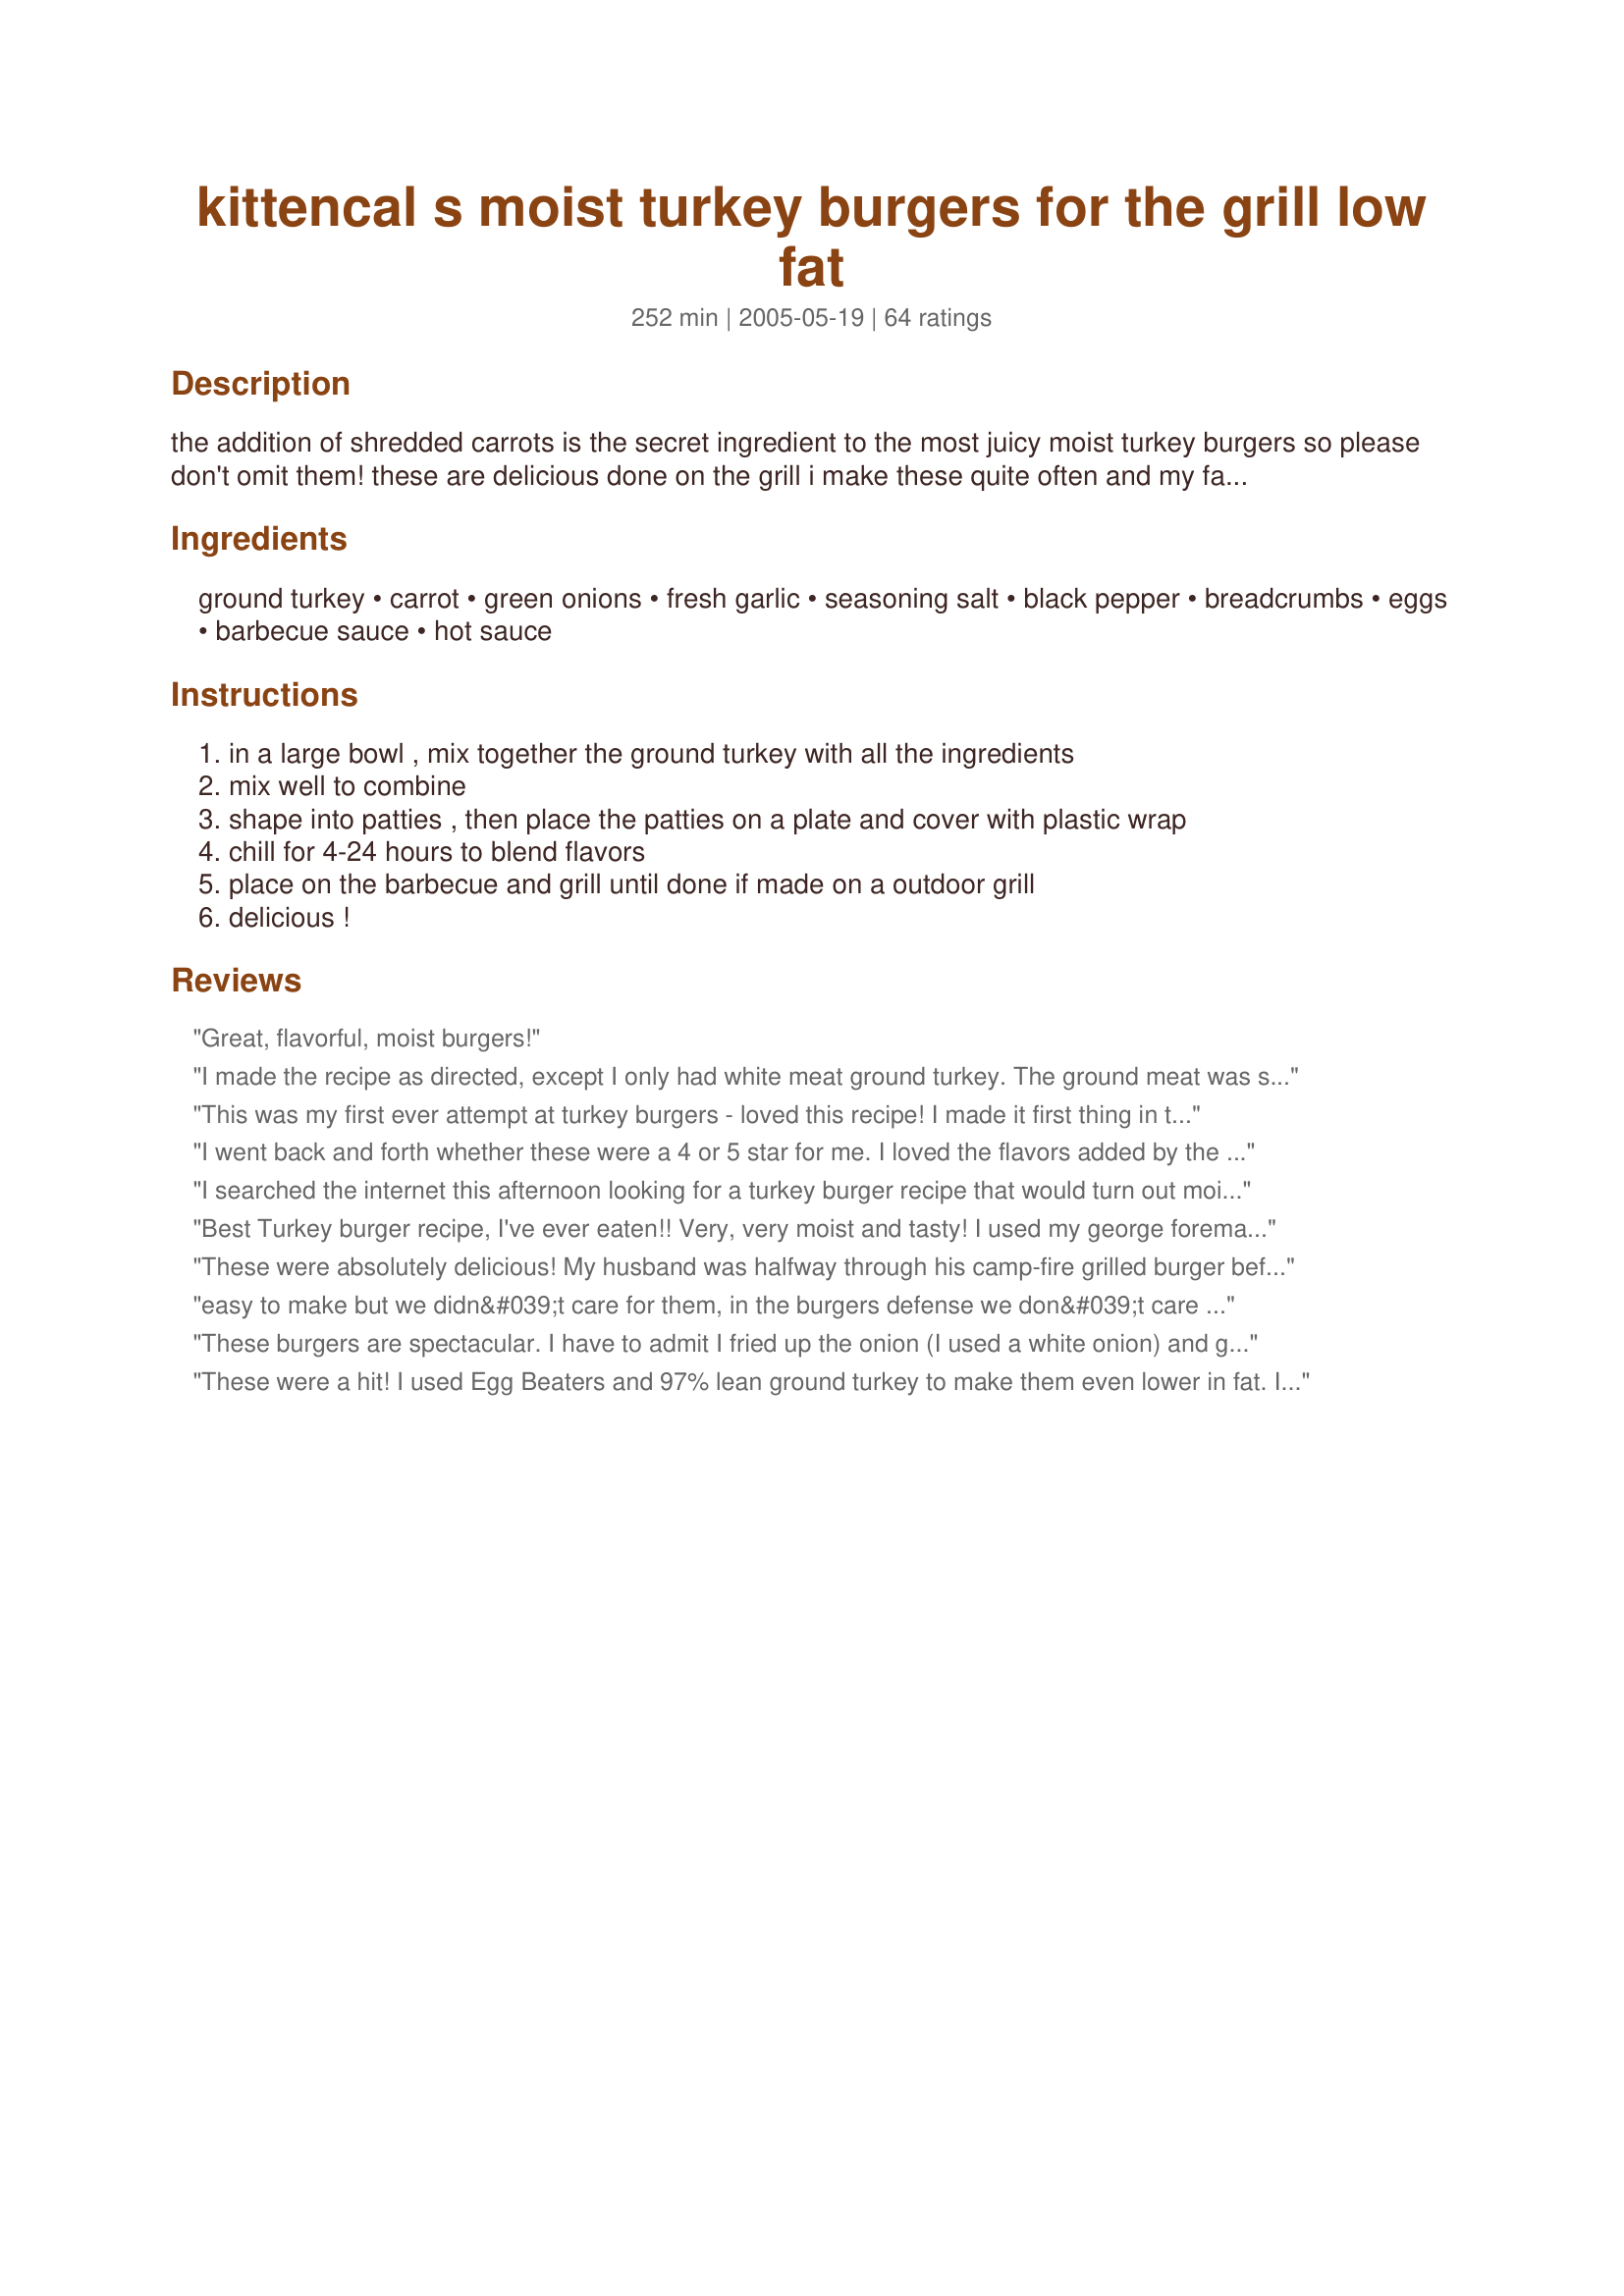
kittencal s moist turkey burgers for the grill low fat
Preparation time: 252 minutes

the addition of shredded carrots is the secret ingredient to the most juicy moist turkey burgers so please don't omit them! these are delicious done on the grill i make these quite often and my family loves them and they are low fat too --- they may be broiled or pan-fried but they are much better if prepared on the grill or even an indoor grill would be great! this recipe makes approx 8 turkey burgers, depending on how large you make them, you might want to double or triple the amounts and freeze the patties --- mrs. dash seasoning may be replaced for the seasoned salt if you are on a low sodium diet --- plan ahead the patties must chill for 4-24 hours to blend flavors, the longer chilling time the better! --- for the best flavor use seasoned salt not white salt and if you are a garlic-lover then increase to 2 tablespoons, for my garlic-loving family i use about 6 garlic cloves, and my family loves lots of heat so i also add in 2 tablespoons of crushed chili flakes

Ingredients:
ground turkey, carrot, green onions, fresh garlic, seasoning salt, black pepper, breadcrumbs, eggs, barbecue sauce, hot sauce

Steps:
in a large bowl , mix together the ground turkey with all the ingredients
mix well to combine
shape into patties , then place the patties on a plate and cover with plastic wrap
chill for 4-24 hours to blend flavors
place on the barbecue and grill until done if made on a outdoor grill
delicious !

Reviews:
Great, flavorful, moist burgers!
I made the recipe as directed, except I only had white meat ground turkey. The ground meat was sticky but I placed the patties on individual wax paper sheets (thanks DDW) and had no problem putting on the grill after they had chilled in the fridge. They were nice and moist but I felt they were a little bland for my tastes (I like more kick). I will make them again, maybe adding bit of crushed red pepper to the mix. Good recipe, will be in my rotation for summer! Thanks!
This was my first ever attempt at turkey burgers - loved this recipe! I made it first thing in the morning and let it sit in patties all day - the flavors really blended together. Wasn't sure about the barbecue sauce - so I added a little less than the recipe called for and it worked for me...there was a hint of bbq sauce flavor, but it wasn't overpowering. Served on a whole wheat roll - perfect healthy dinner! Will make again for sure - thanks.
I went back and forth whether these were a 4 or 5 star for me. I loved the flavors added by the garlic, scallions and barbecue sauce. My patties chilled for 24 hours so the flavors were fully developed and melted into the turkey burger which was a moist and tender as promised. My one small reservation was that I realize that my personal preference is for scant use of breadcrumbs in burgers in general. Given that, I will use just half the stated amount next time. Served mine on light English muffins with and herbed soft cheese, grainy mustard and grilled onions. Thanks for a terrific meal.
I searched the internet this afternoon looking for a turkey burger recipe that would turn out moist, and more importantly, use ingredients I had on hand. These are wonderful, even my pickiest eater had no complaints. I used McCormick Rotisserie Chicken Seasoning instead of seasoned salt, also I threw baby carrots and 1/2 a small white onion in my food processor and chopped them finely.
We topped them with about 1 TB of shredded co-jack cheese, and extra barbecue sauce. 
I did let them sit about 2 hours in the refrigerator prior to cooking. Only change I would make - don't use the Foreman Grill, they did stick. Will try pan frying next time I guess. My house still smells great!
Best Turkey burger recipe, I've ever eaten!! Very, very moist and tasty! I used my george foreman indoor grill ( it's 10 degrees outside ;) ) And they came out AWESOME! Note: I had 1.3 lbs lean ground turkey and it made 6 good-sized burgers. Thanks soo much for a great recipe!!!!
These were absolutely delicious! My husband was halfway through his camp-fire grilled burger before I told him it was turkey and he was shocked. :) The only change I made was to use regular salt rather than seasoned salt, though I can't imagine they can get much better! Thanks so much!
easy to make but we didn&#039;t care for them, in the burgers defense we don&#039;t care for any turkey burgers and have been trying to find a recipe we like, we just don&#039;t like them :( I gave stars because they were easy, they cooked correctly, and they made a family sized portion, we even froze a few (which we gave away lol)! Beef it is!
These burgers are spectacular. I have to admit I fried up the onion (I used a white onion) and garlic in a tablespoon of butter first, AND I served them on brioche rolls...so mine were not low fat. We totally cut out red meat, so these will be the standard burger on my grill from now on.
These were a hit! I used Egg Beaters and 97% lean ground turkey to make them even lower in fat. I was out of breadcrumbs, so I used rolled oats instead. They worked just fine. Also, we cut the salt by a teaspoon and were still very thirsty all night long ... even though they didn't taste overly salty with 2 teaspoons of seasoning salt. These were the most flavorful turkey burgers we've ever had. I usually find turkey burgers to be kind of bland. Thanks for this recipe!
These were pretty good! I am not very fond of ground turkey but I am trying to switch over. I let these sit for 24hrs. They were very moist. I tried one with everything on it cheese, pickles, lettcue, and etc. but I prefer just the meat on a bun. I will be making these again. Whole family liked them.
These were soooo good! As you suggested, I made them up the night before let the flavors blend. My husband even gave them thumbs up and he is a very picky eater. I wanted something that satisfied like a beef burger and this is it for me. Thanks for posting this!!
I love this recipe! I've made them a couple of times...last night I served them with Sweet Baby Rays barbecue sauce and carmelized onions on toasted wheat buns. WOW! I modified the recipe to accomodate my 1.25 pound ground turkey package, reducing the other ingredients too. I suggest freezing the burgers for a couple hours before grilling to make sure they're nice and firm, they will fall through the cracks of a grill!
These are excellent! Made as is minus the eggs. Added a few strips of bacon to the finished product and topped with a little bbq. Delish!
This is my THIRD time making these. I was skeptical because mine usually turn out dry and unseasoned no matter what I do. The carrot does the trick! AWESOME!!! Even my family loves them. I added jalapeno's instead of hot sauce one time and they were just as good! D-LICIOUS!
Sooooooo yummy. I added a bit extra hot sauce and didn't add the breadcrumbs (gluten allergy) so I was worried about them falling apart like everyone said. I had no problem at all. Be careful not to overcook them or they'll be dry like a popcorn fart. The first time I made them, I think pressed them a little too thin so they cooked too fast and were dry.
Outstanding! I loved 'em! I ate one in low carb bread with all the fixin's but I sampled one plain and will definately make again. In fact, I'm making some today to pack in my lunches. Thanks, Kitten. I know I can always depend on you for fantastic recipes!
I am going to give it a try just for your description!
Sounds GREAT!
These were good and moist, but I would add some more punch to it. (More bbq sauce, cumin, or hot sauce). I loved having the carrots in there... a nice surprise to add moisture and nutrition!
Sampled 2 new turkey burger last weekend to kick off summer. These were the BEST I've made in a long time. So good, in fact, I had one for breakfast the next morning too!
Made this for the 2nd time last night for us and guests. Delicious! I love when everyone says it's so yummy, but they wonder what I snuck into it. haha! :)
What a great way to start off the grilling season. I made these last night and everyone liked them, includiing the 3 yo. I loved the carrots and green onion. The only thing I did differently, was I used egg whites instead of eggs. I used 20 oz of 7% lean meat and adjusted the ingredients for 5 burgers, but ended up with 6. Very moist and tasty. Will add this to my grilling rotation, Thanks for the great recipe.
I made this the other night and they were sensational. My husband and I have been eating healthier these days and I had a craving for a burger. These were just the ticket. I added a little worcestershire sauce for more of a meaty flavor and no bread crumbs to lessen the amount of carbs, but it was still AWESOME!!! Thanks for the great recipe and next time I am looking for a good meal I will definitely check out your recipes first!!!
I have not tried yet, but will be very soon. Looks delicious.

UPDATE-- I made these for supper tonight and thought that they were very good. The only thing that I can honestly say that I didn't care for was how soft a turkey burger was--but that is a turkey burger and I struggle with that every time I make one be it this recipe or my other recipe. This burger was great and healthy for us. I will definitely be making this again. Thank you for sharing your recipe.
Wow...this is a great recipe! I left out the eggs and substituted a tablespoon of tomato paste...also added oregano and cilantro. soooooo moist!
Great recipe! Very tasty and moist. Cooked on an indoor grill since it's Winter. Thanks for sharing!
These were good, made a decent sized batch, too! We are out of hot sauce so I had to omit that but they were still good. I liked these burgers with extra BBQ on top with spinach leaves. For work lunches I just ate the burger plain without a bun or condiments and it tasted just as good.
I mean HONESTLY, these are RIDICULOUS! My husband and I were absolutely speechless, we just kept taking bite after bite bite and reveling in how friggin' good these tasted! We have never had anything like it :) Thank you so much for SUCH a DELICIOUS recipe! I didn't add any hot sauce and the only adjustment i made was doubled the garlic as recommended for us lovers of it plus added some garlic powder too! I've made burgers plenty of times and while they're good (and never the same since i always do a little of this and a little of that method) I now see the importance of knowing the exact ingredients and in what amounts to make them spectacular. I am bowing to the master, thanks chef!
Wow. So moist! We loved them. Froze half. Bravo!
Oh Wow! These were so good! Very moist and flavorful. The meat mixture seemed almost too moist and gooey, but extra lean turkey can dry out easily. When grilled, they were the perfect texture. Definitely a keeper! Thanks Kittencal!
These burgers are GREAT!! We made completely "as is" and wouldn't change a thing. They grilled up nicely and the flavor is super. This is the 1st burger ever that I didn't put any condiment on - just sliced tomato and some lettuce. That is unbelievable for me because all things need "sauce" of some sort in my opinion. This is a super healty alternative for my family and we plan to make this recipe a lot this summer and will entertain with it too. Grilling is a must. Updated 7/26/08. We adore these burgers and entertain with them all the time now and people go crazy for them! After some testing and different trials of working with the meat mixture (which is kind of sticky) I thought I would add this hint. I will weigh out my meat so that all the patties are approx. the same weight. Then when I'm forming the pattie I will put each burger pattie on it's own square of waxed paper. Then after refrigeration and it's time to grill, my husband can pick up one pattie, flip it onto the grill and then peel back the single square of waxed paper which works like a charm. (It can be hard getting the burgers off the waxed paper to cook but with this method, it's a breeze) This recipe is at the top of my recommend list - hope you try them out too.
KITTENCAL, these turkey burgers were fantastic! I did actually prepare them a day before as you suggested to let the flavours blend together. I think the grated carrots kept them really moist, I am going to try this recipe with ground chicken too, my family loved these! thank you.
Wow. You did it again. You managed to produce and excellent recipe I will be adding to my master cookbook. My DH doesn't like ground beef so I needed a recipe alternative for burgers. I made this EXACTLY as written with no changes. And, quite frankly wouldn't change a thing. These burgers turned out super tender and with a perfect taste, not overbearing in any way. I feel it is my duty to accurately rate recipes I try. I have to thank you Kittencal for so many that are wonderful. Cooking is not only time consuming but can be costly. The thought you obviously place in what you post is very well appreciated! Thank you for yet another keeper recipe. I truly wouldn't change a thing. Oh yes.. I used the suggestion one poster made to use parchment paper to place each burger on in the fridge until cooking and it worked perfectly! I ended up making mine simply in a frying pan. MMM.. they turned out GREAT!
Absolute disaster! They completely fell apart on the grill and I had to use 2 spatulas to try to scrape them off onto a plate and try to salvage dinner -a bunch fell through as it just crumbled up ! I ended up having to just scrambling them up in a skillet as loose meat. If the flavor would have been fantastic, I would have considered it salvaged, but the flavor was totally funky and not anything I ever want again. My DH and I both ate one out of hunger and threw the rest in the garbage! Sorry for the bad review...I am a pretty fair cook and these were just not good for us.
Terrific. A moist turkey burger. I knew i was doing something wrong. These are so much better than all previous attempts. I used "Slap Ya Mama" hot sauce because it makes for a good story when I present the burgers to company, and it's delicious to boot. I am redeemed.
These are really flavorful turkey burgers. I followed the intro and used larger amt of garlic and added the red pepper flakes. I also used a shake of dried chives because we don't really like onion. I froze most of these individually and just had some tonight. Best turkey burgers I've had yet. Thanks!
We've been eating turkey burgers for years and I have a standard recipe that we enjoy. For something different, I decided to try this recipe and I'm glad I did. I made the recipe with no changes and the burgers were moist and delicious. The only change I would make is just using one egg-two seemed to make them a bit too moist and fall apart. Very flavorful-we just loved them and will definitely be making them again!
MMMMMMMpwah! Yeah, that's the sound of a big kiss for Kittencal. This is the first time making turkey burgers that both of us actually liked. Awesome low-fat guilt-free burgers. Wonderful with plenty of BBQ on top, and cheese and sliced onions. THANKS!
The whole family loved these. Used turkey breast only and were still very delicious. Mine did not shrink at all on the grill and were a little big for the buns so next time I will try to get 10-12 burgers out of one recipe. I froze them and put them right on the grill frozen, worked great.
These were pretty good. My 8-yo daughter ate one without too much complaining. (I did get the usual, 'what is this stuff' from her, but she was willing to try it and ate the whole thing.) I was only able to chill for about 4 hours, and like other commenters have said, you have to handle the burgers VERY gently. They were tender and moist as promised. I served them on onion rolls, and while my daughter liked it, I thought the onion roll overpowered the burger. Plain roll next time.
this was my first attempt at a turkey burger, abd i loved it. The carrots really did add something extra. i didnt have the chance to let them sit aslong as was suggested, but they still tasted great. I also added some finely chopped jarred jalepenos and some chili powder for an extra kick. i will definately do these again. xx
My family really enjoyed these! Glad to find a turkey recipe they actually like. Easy to make and very moist. Will be making these again.
This recipe was AMAZING! I halved the recipe and got 5 good sized burgers out of it. My boyfriend raved and his daughters (5 and 6) loved them also!! I made the recipe exactly as it is written and only had to add a little bit more breadcrumbs. Such a hit and I will be making again!
DH and I loved these turkey burgers, they were moist and flavorful. I used my microplane to get the carrots superfine and DH had no idea there were carrots in there. I did not let the flavors marinate at all. Next time I would like to see how that might make a difference, but they were great with no marination time. I pan fried them in a dab of olive oil and they came out great.
These were wonderful. I made them as written using 1 tsp of garlic powder and 1/2 tsp hot sauce. They were moist and delicious. I grilled them after they were in the fridge for 4 hours. Thank you for such a tasty burger recipe.
As per usual, Kittencal delivers the goods! Kids loved them, hubby loved them. That's all I ask.
OMG! Kittencal, you've done it again. My husband said these were the best turkey burgers he's ever eaten. And I didn't even have time to let them rest. I just mixed them up and slapped them on the grill. I can't even imagine what they'd taste like if I let them chill. I used my food processor to mix the onion, garlic, carrots, barbeque sauce and hot sauce. Ended up adding a couple of Tbsps more bread crumbs to make it hang together better. Next time I'll make them ahead and use a previous reviewer's idea of individual wax paper squares to make it easier to transfer them to the grill. Thanks for another great recipe.
I used part of this recipe to create a version I could eat (lots of food sensitivies) I used 94% lean ground turkey, very few spices, and no added fat. So delicioius! No bun or added condiments necessary. I posted my version here on RZ.
Honestly, if Kittencal wrote the recipe... it's def worth a try! These were very very good. I have never made/had turkey burgers before but trying to eat healthier wanted to find something simple and interesting.

These were kind of a last minute dinner. I didn't have any seasoned salt, but used sea salt and pepper. I also didn't have any green onion, so used regular onion, and I sauteed it in a pan a bit to soften them up. 

I halved the recipe, but still used about 1/2 cup of breakcrumb, since I couldn't work them into patties. I served them on the 
pepperidge farm deli flats for 100 cals each and lettace.
Been making these for years! My husband LOVES them. I make a double batch, sautee them in a pan 1/2 done, freeze. Pull out of freezer, defrost and grill/microwave them!
Fantastic burgers, thanks for sharing and we'll make these often!
These were definitely moist, but overall we felt they were lacking in flavor. I'd definitely add more spice if trying these for the first time.
Excellent Recipe Kittencal!! I can't believe this, but I'm replacing my beloved greek turkey burger recipe with this one!!!! :) I used italian breadcumbs because I didn't have any plain, I let them sit for 24 hours..used the indoor grill and the results were simply amazing! Perfect!
I made these on the weekend and forgot to come and review them. DH and I were both very pleased with these turkey burgers they turned out so nummy. I only had one problem I thought I had grated carrots in the freezer but turned out I didnt so I made an emergency sub :) I added grated cheddar cheese. Next time I will use carrots. Great recipe.
These are fantastic! My husband and I love getting turkey burgers at a restaurant near us because they're so juicy and flavorful. We buy frozen turkey patties from Costco and enjoy them, but they're not juicy and are just a bit tough. Your recipe creates a wonderful juicy, tasty burger that rivals the ones we love from the restaurant. We had to handle them carefully as they were soft and were tending to fall apart a bit. Since I used all white meat turkey I brushed olive oil on them before grilling them so that they wouldn't stick. I cut the recipe in half but cut down the seasoning salt even more since we don't particularly like too much salt flavor. We didn't have time to chill the patties for any length of time, we just grilled them right after making them. They still turned out flavorful! Instead of hamburger buns I served them on garlic rolls from a local bakery and grilled the rolls a bit per your suggestion. I bought a giant package of ground turkey from Costco (8 lbs.) and I'm going to mix up this recipe, shape into patties and then freeze them all individually wrapped. Thanks for yet another terrific recipe.
We really liked this. I followed the recipe exactly and oiled the grill with olive oil before I put the burgers on. Mine took a little longer to cook, I think mine were fairly thick. I'm not really fond of the taste of ground turkey unless it's mixed in something. This recipe turned the ground turkey into a flavorful burger.
These were so moist the juice ran down our chin while eating! We loved them. We thought they had great flavor and easy to put together. Thank you Kittencal for sharing this wonderful turkey burger!
These were so good. I used ground turkey breast (found it on sale). Next time I will try and mix white and dark meat as directed. I think the general recipe is pretty forgiving i.e. use less bbq sauce if desired, increase garlic, etc. I did not have issues with the burgers staying together. I made sure not to handle them too much so they wouldn't be tough. I did skip the salt and used a no-salt seasoning instead, could have easily subbed poultry seasoning. I will make these again.
LOVE, LOVE, LOVE them!! I agree with Imkga that I would add a bit more punch. But the flavor was great and the moisture of the burger was EXCELLENT!! Thanks for sharing!
These are very interesting. I'll make these every time I make turkey burgers.. I used only egg whites about 4 and I think I used too much carrot. It was still very good. I can eat them plain. I pan fried them with some pam spray. If we grilled them they probably would have fell through. That's my fault though. Very good.
I made this exactly according to the instructions and they were very moist...almost too moist...kind of mushy. They have a unique flavor. The first 3 or 4 bites were good but I couldn't finish it. The unique flavor was just too strong for my taste.
I really enjoyed this recipe! I'm not a huge ground turkey fan, but know it's healthier for me than beef so I thought I would give this a try. Delicious!! I could tatste the garlic and bbq sauce which added a lot of flavor. I had to be very gentle when turning these on the grill There isn't much fat in the ground turkey so they wanted to stick. Maybe rubbing (don't spray) a little oil on the grill first would help. I served these with your <a href="/131477">Parmesan Zucchini Sticks</a>. Thanks Kittencal!
I made these with italian dressing instead of BBQ sauce and they were DELISH! They were juicy, tender, and ohhh so good. This was the first "burger" that my picky 2 year old would ever eat and she loved it! Thanks!
These just might be a weekly menu item at my house. They were so moist and flavorful. Not like a turkey burger at all. I followed the recipe exactly, except that I had to increase the breadcrumbs by at least another 1/2 cup. I don't know why they were so wet, but the extra crumbs did the trick. That is the only reason for the 4 stars, otherwise, it is absolutly a 5 star recipe. Thanks for another winner Kittencal!
